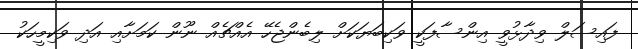
ފައިސަލް ވިދާޅުވީ އިންސާފަކީ ވަކިބަޔަކަށް ލިބެންޖެހޭ އެއްޗެއް ނޫން ކަމަށާއި އަދި ވަކިމީހަކު